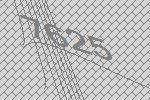
7625